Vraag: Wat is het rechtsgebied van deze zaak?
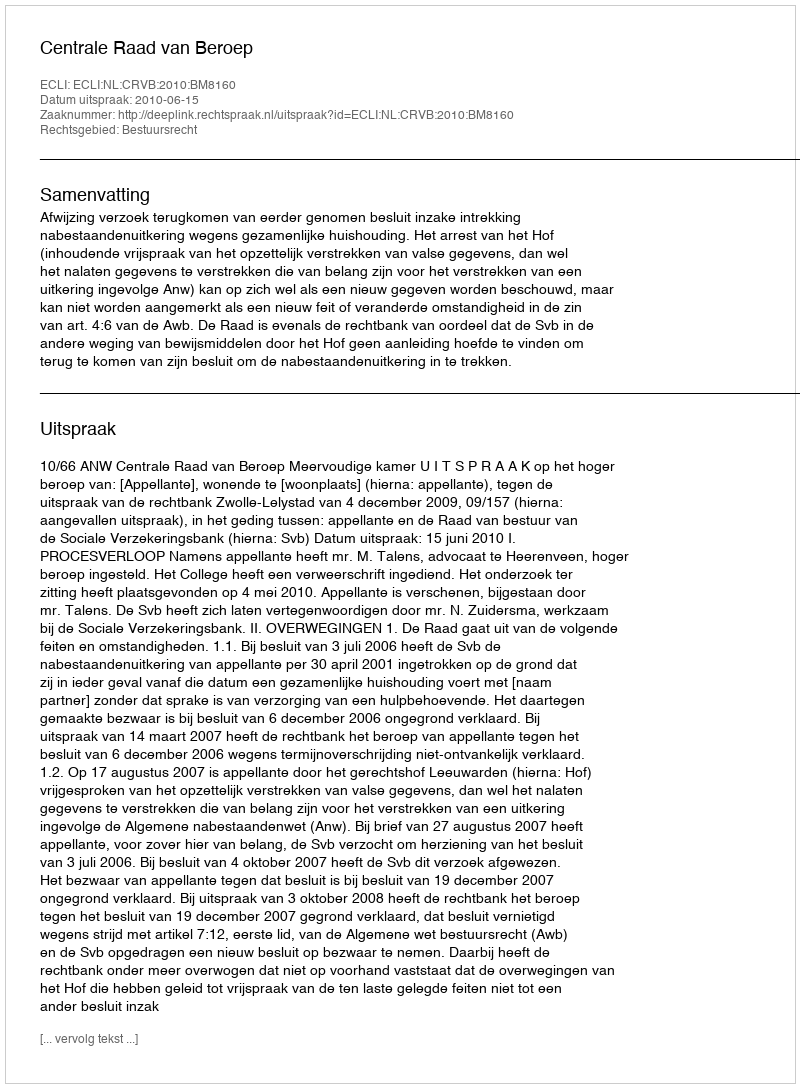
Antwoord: Bestuursrecht